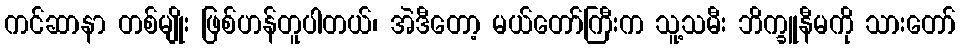
ကင်ဆာနာ တစ်မျိုး ဖြစ်ဟန်တူပါတယ်၊ အဲဒီတော့ မယ်တော်ကြီးက သူ့သမီး ဘိက္ခူနီမကို သားတော်